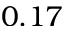
0 . 1 7